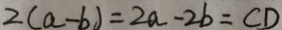
2 ( a - b ) = 2 a - 2 b = C D